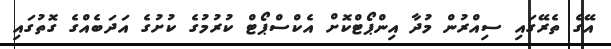
އޭގެ ތެރޭގައި ސިއްރުން މުދާ އިންޕޯޓްކޮށް އެކްސްޕޯޓް ކުރުމުގެ ކުށުގެ އަދަބެއްގެ ގޮތުގައި